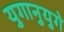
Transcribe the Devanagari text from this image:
युगानुयुगे